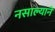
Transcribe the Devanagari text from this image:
नसाल्याने